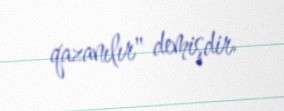
qazanılır" demişdir.